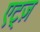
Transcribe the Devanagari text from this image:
एट्ज़